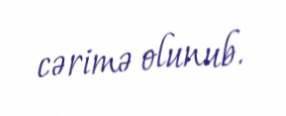
cərimə olunub.